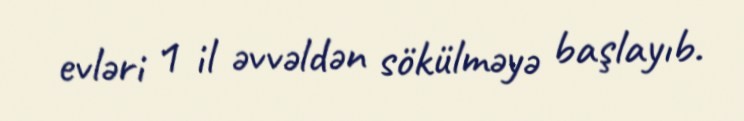
evləri 1 il əvvəldən sökülməyə başlayıb.